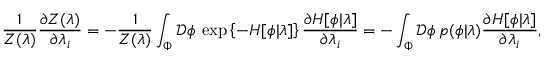
\frac { 1 } { Z ( \lambda ) } \frac { \partial Z ( \lambda ) } { \partial \lambda _ { i } } = - \frac { 1 } { Z ( \lambda ) } \int _ { \Phi } \mathcal { D } \phi \: \exp \left\{ - H [ \phi | \lambda ] \right\} \frac { \partial H [ \phi | \lambda ] } { \partial \lambda _ { i } } = - \int _ { \Phi } \mathcal { D } \phi \: p ( \phi | \lambda ) \frac { \partial H [ \phi | \lambda ] } { \partial \lambda _ { i } } ,